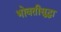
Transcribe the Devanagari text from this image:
भोवतीसुद्धा